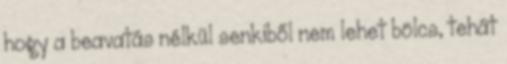
hogy a beavatás nélkül senkiből nem lehet bölcs, tehát